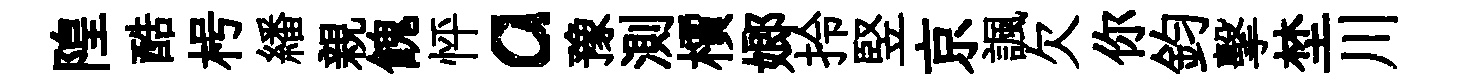
隍酷枵繙親餽怦a豫測檟嫏拎竪京諷欠你鈞擊埜川